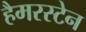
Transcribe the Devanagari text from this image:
हैमरस्टेन